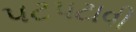
પટપટાવી